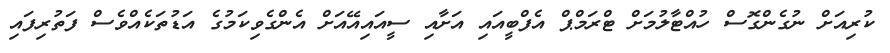
ކުރިއަށް ނުގެންގޮސް ހުއްޓާލުމަށް ޓްރަމްޕް އެފްބީއައި އަށާއި ސީއައިއޭއަށް އެންގެވިކަމުގެ އަޑުތަކެއްވެސް ފަތުރިފައި